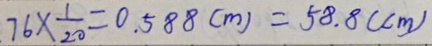
7 6 \times \frac { 1 } { 2 0 } = 0 . 5 8 8 ( m ) = 5 8 . 8 ( c m )